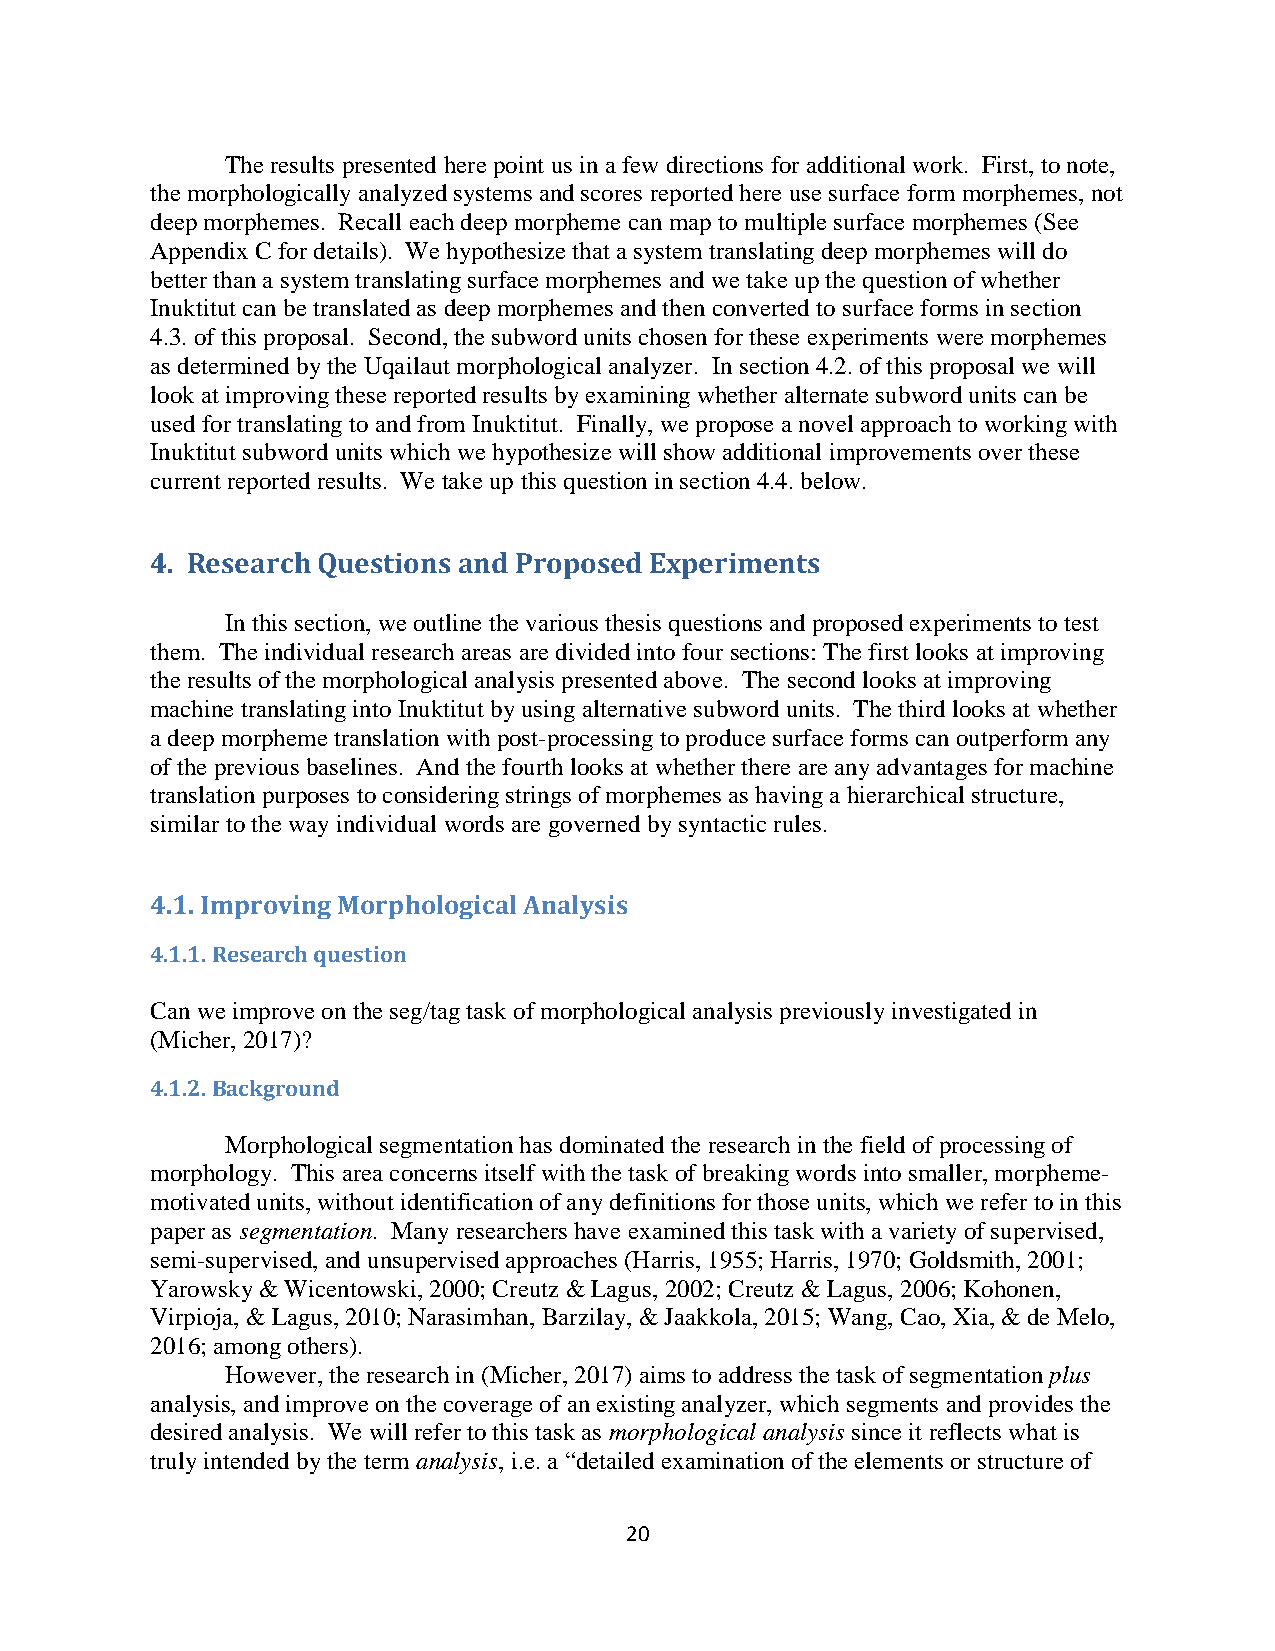
The results presented here point us in a few directions for additional work. First, to note,
 the morphologically analyzed systems and scores reported here use surface form morphemes, not
 deep morphemes. Recall each deep morpheme can map to multiple surface morphemes (See
 Appendix C for details). We hypothesize that a system translating deep morphemes will do
 better than a system translating surface morphemes and we take up the question of whether
 Inuktitut can be translated as deep morphemes and then converted to surface forms in section
 4.3. of this proposal. Second, the subword units chosen for these experiments were morphemes
 as determined by the Uqailaut morphological analyzer. In section 4.2. of this proposal we will
 look at improving these reported results by examining whether alternate subword units can be
 used for translating to and from Inuktitut. Finally, we propose a novel approach to working with
 Inuktitut subword units which we hypothesize will show additional improvements over these
 current reported results. We take up this question in section 4.4. below.
 4. Research Questions and Proposed Experiments
 In this section, we outline the various thesis questions and proposed experiments to test
 them. The individual research areas are divided into four sections: The first looks at improving
 the results of the morphological analysis presented above. The second looks at improving
 machine translating into Inuktitut by using alternative subword units. The third looks at whether
 a deep morpheme translation with post-processing to produce surface forms can outperform any
 of the previous baselines. And the fourth looks at whether there are any advantages for machine
 translation purposes to considering strings of morphemes as having a hierarchical structure,
 similar to the way individual words are governed by syntactic rules.
 4.1. Improving Morphological Analysis
 4.1.1. Research question
 Can we improve on the seg/tag task of morphological analysis previously investigated in
 (Micher, 2017)?
 4.1.2. Background
 Morphological segmentation has dominated the research in the field of processing of
 morphology. This area concerns itself with the task of breaking words into smaller, morpheme-
 motivated units, without identification of any definitions for those units, which we refer to in this
 paper as segmentation. Many researchers have examined this task with a variety of supervised,
 semi-supervised, and unsupervised approaches (Harris, 1955; Harris, 1970; Goldsmith, 2001;
 Yarowsky & Wicentowski, 2000; Creutz & Lagus, 2002; Creutz & Lagus, 2006; Kohonen,
 Virpioja, & Lagus, 2010; Narasimhan, Barzilay, & Jaakkola, 2015; Wang, Cao, Xia, & de Melo,
 2016; among others).
 However, the research in (Micher, 2017) aims to address the task of segmentation plus
 analysis, and improve on the coverage of an existing analyzer, which segments and provides the
 desired analysis. We will refer to this task as morphological analysis since it reflects what is
 truly intended by the term analysis, i.e. a “detailed examination of the elements or structure of
 20